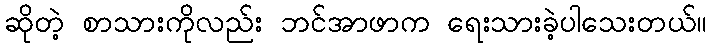
ဆိုတဲ့ စာသားကိုလည်း ဘင်အာဖာက ရေးသားခဲ့ပါသေးတယ်။